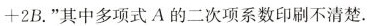
+2B.”其中多项式A的二次项系数印刷不清楚.